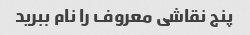
پنج نقاشی معروف را نام ببرید